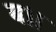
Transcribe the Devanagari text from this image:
ब।।